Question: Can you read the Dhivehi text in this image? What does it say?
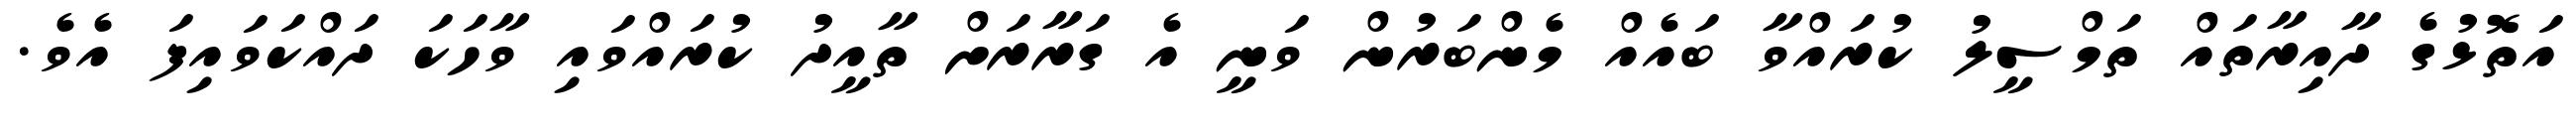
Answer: އަތޮޅުގެ ދާއިރާތައް ތަމްސީލު ކުރައްވާ ބައެއް މެންބަރުން ވަނީ އެ ގަރާރަށް ތާއީދު ކުރައްވައި ވާހަކަ ދައްކަވައިފަ އެވެ.